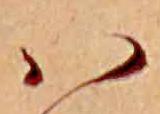
ハ